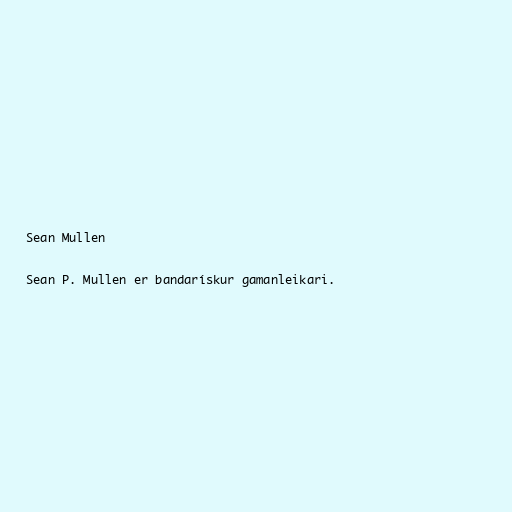
Sean Mullen

Sean P. Mullen er bandarískur gamanleikari.